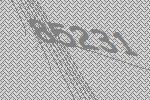
85231